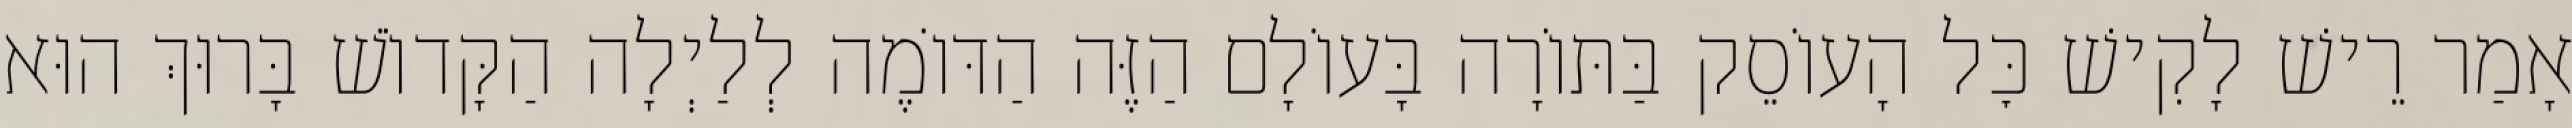
אָמַר רֵישׁ לָקִישׁ כׇּל הָעוֹסֵק בַּתּוֹרָה בָּעוֹלָם הַזֶּה הַדּוֹמֶה לְלַיְלָה הַקָּדוֹשׁ בָּרוּךְ הוּא